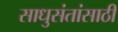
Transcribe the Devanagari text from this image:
साधुसंतांसाठी